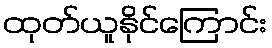
ထုတ်ယူနိုင်ကြောင်း